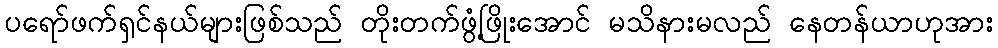
ပရော်ဖက်ရှင်နယ်များဖြစ်သည် တိုးတက်ဖွံ့ဖြိုးအောင် မသိနားမလည် နေတန်ယာဟုအား